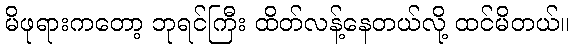
မိဖုရားကတော့ ဘုရင်ကြီး ထိတ်လန့်နေတယ်လို့ ထင်မိတယ်။